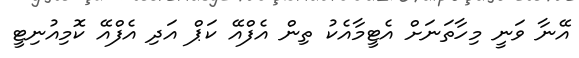
އޭނާ ވަނީ މިހާތަނަށް އެޓީމާއެކު ތިން އެފްއޭ ކަޕް އަދި އެފްއޭ ކޮމިއުނިޓީ